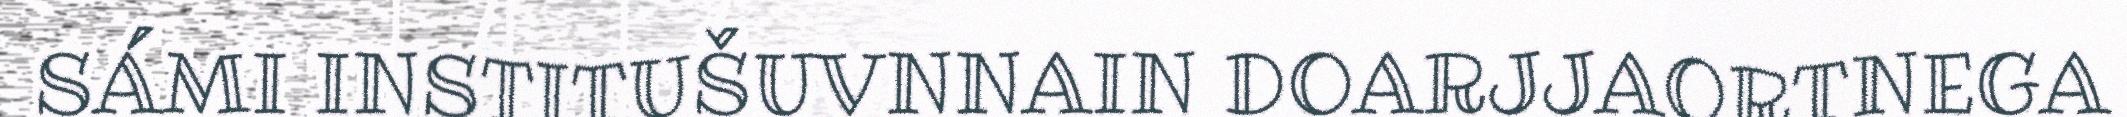
SÁMI INSTITUŠUVNNAIN DOARJJAORTNEGA